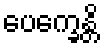
ပေက္ခေန္တိ